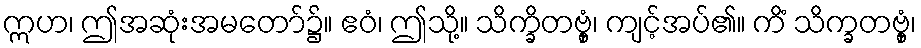
ဣဟ၊ ဤအဆုံးအမတော်၌။ ဧဝံ၊ ဤသို့။ သိက္ခိတဗ္ဗှံ၊ ကျင့်အပ်၏။ ကိံ သိက္ခတဗ္ဗှံ၊